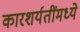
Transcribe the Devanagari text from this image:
कारशर्यतींमध्ये